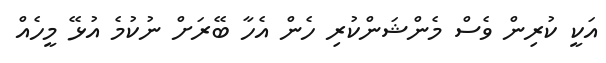
އަކީ ކުރިން ވެސް މެންޝަންކުރި ހެން އެހާ ބޭރަށް ނުކުމެ އުޅޭ މީހެއް